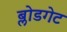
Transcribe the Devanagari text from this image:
ब्लोडगेट